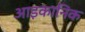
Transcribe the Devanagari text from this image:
आइकानिक